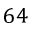
6 4